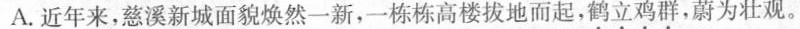
A.近年来，慈溪新城面貌焕然一新，一栋栋高楼拔地而起，鹤立鸡群，蔚为壮观。